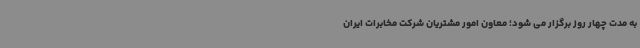
به مدت چهار روز برگزار می شود؛ معاون امور مشتریان شرکت مخابرات ایران